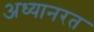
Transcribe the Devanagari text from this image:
अध्यानरत